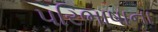
પરિભાષાના